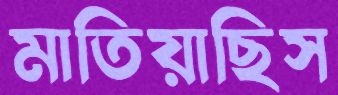
মাতিয়াছিস